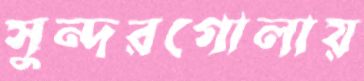
সুন্দরগোলায়